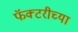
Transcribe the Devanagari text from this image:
फॅक्टरीच्या